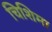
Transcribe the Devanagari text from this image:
चिशिमा